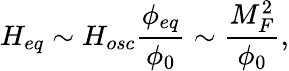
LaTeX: H_{eq}\sim H_{osc}\frac{\phi_{eq}}{\phi_{0}}\sim\frac{M_{F}^{2}}{\phi_{0}},